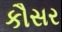
કૌસર